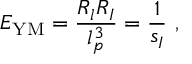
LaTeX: E _ { \mathrm { Y M } } = \frac { R _ { l } R _ { I } } { l _ { p } ^ { 3 } } = \frac { 1 } { s _ { I } } \ ,